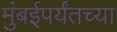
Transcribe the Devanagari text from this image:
मुंबईपर्यंतच्या